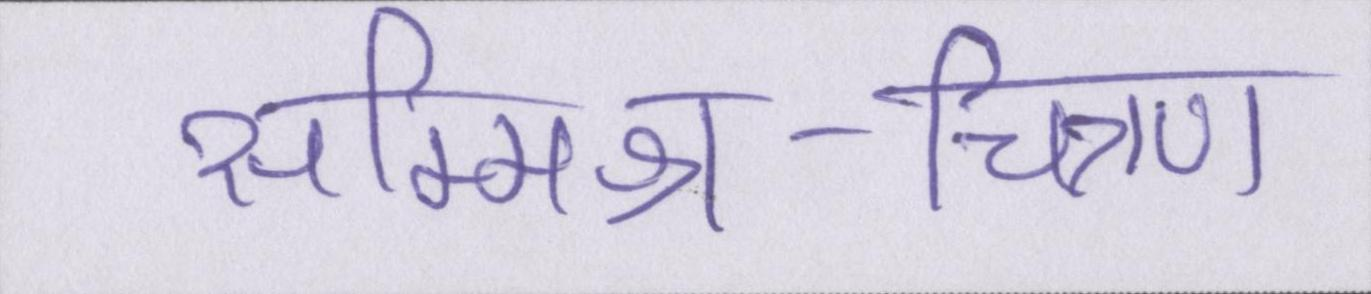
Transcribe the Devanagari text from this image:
सम्मिश्र-चित्रण